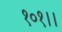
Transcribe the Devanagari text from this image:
१०१।।